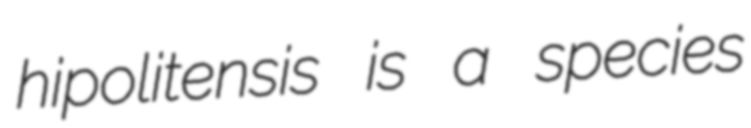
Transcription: hipolitensis is a species